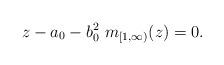
LaTeX: \begin{align*} z-a_0-b_0^2\ m_{[1,\infty)}(z)=0.\end{align*}